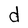
Character: d